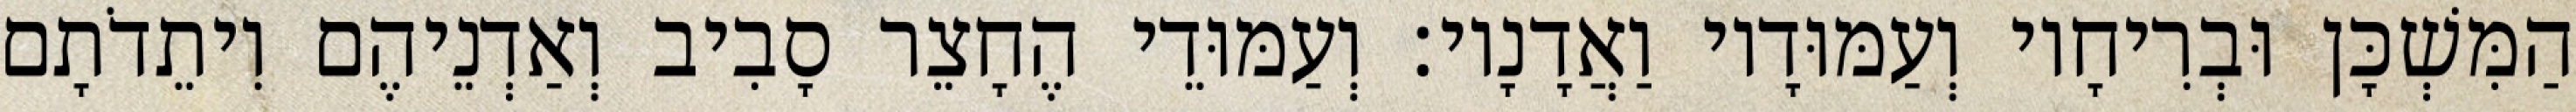
הַמִּשְׁכָּן וּבְרִיחָיו וְעַמּוּדָיו וַאֲדָנָיו׃ וְעַמּוּדֵי הֶחָצֵר סָבִיב וְאַדְנֵיהֶם וִיתֵדֹתָם